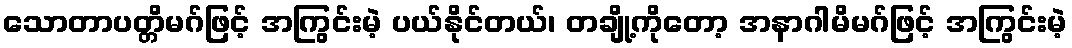
သောတာပတ္တိမဂ်ဖြင့် အကြွင်းမဲ့ ပယ်နိုင်တယ်၊ တချို့ကိုတော့ အနာဂါမိမဂ်ဖြင့် အကြွင်းမဲ့